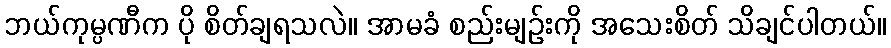
ဘယ်ကုမ္ပဏီက ပို စိတ်ချရသလဲ။ အာမခံ စည်းမျဉ်းကို အသေးစိတ် သိချင်ပါတယ်။